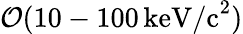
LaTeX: \mathcal{O}(10-100\, \mathrm{keV/c}^{2})